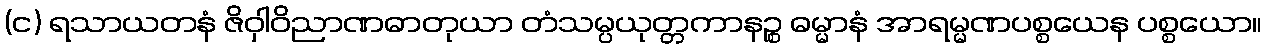
(င) ရသာယတနံ ဇိဝှါဝိညာဏဓာတုယာ တံသမ္ပယုတ္တကာနဉ္စ ဓမ္မာနံ အာရမ္မဏပစ္စယေန ပစ္စယော။